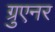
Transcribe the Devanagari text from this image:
ग्रुएनर